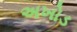
અખોડ